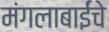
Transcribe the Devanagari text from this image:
मंगलाबाईंचे